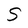
Character: S